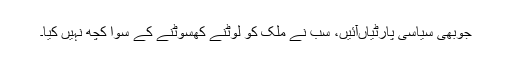
جوبھی سیاسی پارٹیاںآئیں، سب نے ملک کو لوٹنے کھسوٹنے کے سوا کچھ نہیں کیا۔